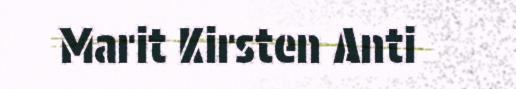
Marit Kirsten Anti